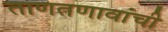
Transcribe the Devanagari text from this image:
ताणतणावांची